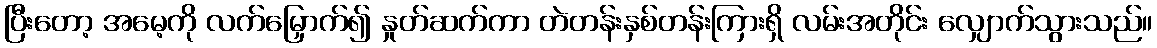
ပြီးတော့ အမေ့ကို လက်မြှောက်၍ နှုတ်ဆက်ကာ တဲတန်းနှစ်တန်းကြားရှိ လမ်းအတိုင်း လျှောက်သွားသည်။